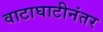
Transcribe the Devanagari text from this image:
वाटाघाटीनंतर